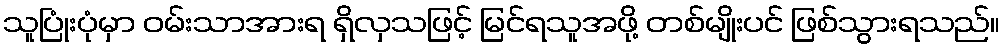
သူပြုံးပုံမှာ ဝမ်းသာအားရ ရှိလှသဖြင့် မြင်ရသူအဖို့ တစ်မျိုးပင် ဖြစ်သွားရသည်။